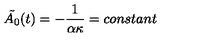
\tilde { A _ { 0 } } ( t ) = - \frac { 1 } { \alpha \kappa } = c o n s t a n t